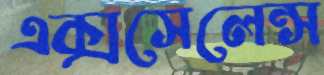
এক্সসেলেন্স